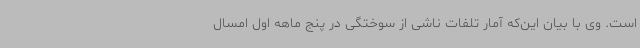
است. وی با بیان این‌که آمار تلفات ناشی از سوختگی در پنج ماهه اول امسال